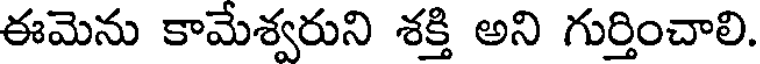
ఈమెను కామేశ్వరుని శక్తి అని గుర్తించాలి.